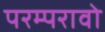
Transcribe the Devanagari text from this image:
परम्परावो